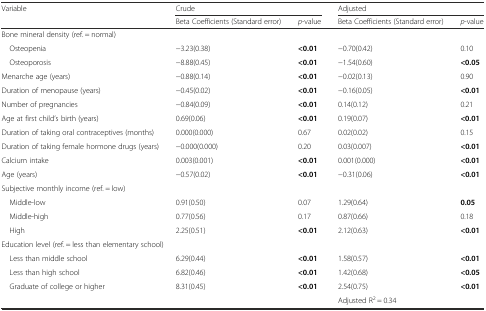
<table><thead><tr><td rowspan="2"><b>Variable</b></td><td colspan="2"><b>Crude</b></td><td colspan="2"><b>Adjusted</b></td></tr><tr><td><b>Beta Coefficients (Standard error)</b></td><td><b><i>p</i>-value</b></td><td><b>Beta Coefficients (Standard error)</b></td><td><b><i>p</i>-value</b></td></tr></thead><tbody><tr><td colspan="5">Bone mineral density (ref. = normal)</td></tr><tr><td> Osteopenia</td><td>−3.23(0.38)</td><td><b>&lt;0.01</b></td><td>−0.70(0.42)</td><td>0.10</td></tr><tr><td> Osteoporosis</td><td>−8.88(0.45)</td><td><b>&lt;0.01</b></td><td>−1.54(0.60)</td><td><b>&lt;0.05</b></td></tr><tr><td>Menarche age (years)</td><td>−0.88(0.14)</td><td><b>&lt;0.01</b></td><td>−0.02(0.13)</td><td>0.90</td></tr><tr><td>Duration of menopause (years)</td><td>−0.45(0.02)</td><td><b>&lt;0.01</b></td><td>−0.16(0.05)</td><td><b>&lt;0.01</b></td></tr><tr><td>Number of pregnancies</td><td>−0.84(0.09)</td><td><b>&lt;0.01</b></td><td>0.14(0.12)</td><td>0.21</td></tr><tr><td>Age at first child’s birth (years)</td><td>0.69(0.06)</td><td><b>&lt;0.01</b></td><td>0.19(0.07)</td><td><b>&lt;0.01</b></td></tr><tr><td>Duration of taking oral contraceptives (months)</td><td>0.000(0.000)</td><td>0.67</td><td>0.02(0.02)</td><td>0.15</td></tr><tr><td>Duration of taking female hormone drugs (years)</td><td>−0.000(0.000)</td><td>0.20</td><td>0.03(0.007)</td><td><b>&lt;0.01</b></td></tr><tr><td>Calcium intake</td><td>0.003(0.001)</td><td><b>&lt;0.01</b></td><td>0.001(0.000)</td><td><b>&lt;0.01</b></td></tr><tr><td>Age (years)</td><td>−0.57(0.02)</td><td><b>&lt;0.01</b></td><td>−0.31(0.06)</td><td><b>&lt;0.01</b></td></tr><tr><td colspan="5">Subjective monthly income (ref. = low)</td></tr><tr><td> Middle-low</td><td>0.91(0.50)</td><td>0.07</td><td>1.29(0.64)</td><td><b>0.05</b></td></tr><tr><td> Middle-high</td><td>0.77(0.56)</td><td>0.17</td><td>0.87(0.66)</td><td>0.18</td></tr><tr><td> High</td><td>2.25(0.51)</td><td><b>&lt;0.01</b></td><td>2.12(0.63)</td><td><b>&lt;0.01</b></td></tr><tr><td colspan="5">Education level (ref. = less than elementary school)</td></tr><tr><td> Less than middle school</td><td>6.29(0.44)</td><td><b>&lt;0.01</b></td><td>1.58(0.57)</td><td><b>&lt;0.01</b></td></tr><tr><td> Less than high school</td><td>6.82(0.46)</td><td><b>&lt;0.01</b></td><td>1.42(0.68)</td><td><b>&lt;0.05</b></td></tr><tr><td> Graduate of college or higher</td><td>8.31(0.45)</td><td><b>&lt;0.01</b></td><td>2.54(0.75)</td><td><b>&lt;0.01</b></td></tr><tr><td></td><td></td><td></td><td colspan="2">Adjusted R<sup>2</sup> = 0.34</td></tr></tbody></table>